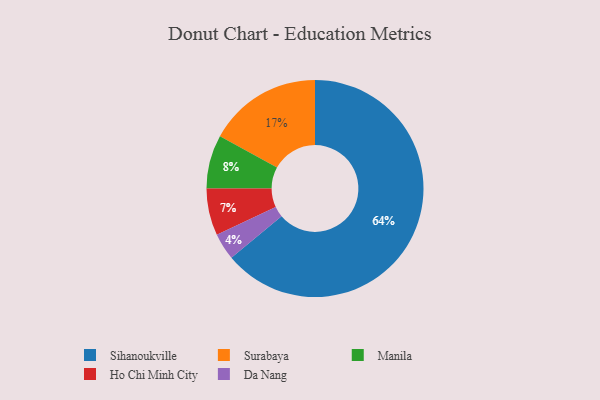
{"axis": {"x": "Category", "y": "Percentage"}, "legend": ["Da Nang", "Ho Chi Minh City", "Manila", "Sihanoukville", "Surabaya"], "data": [{"x": "Da Nang", "y": 4, "type": "Da Nang"}, {"x": "Surabaya", "y": 17, "type": "Surabaya"}, {"x": "Manila", "y": 8, "type": "Manila"}, {"x": "Sihanoukville", "y": 64, "type": "Sihanoukville"}, {"x": "Ho Chi Minh City", "y": 7, "type": "Ho Chi Minh City"}]}